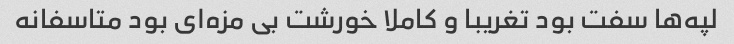
لپه‌ها سفت بود تغریبا و کاملا خورشت بی مزه‌ای بود متاسفانه